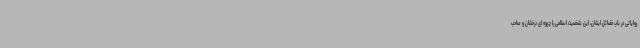
روایاتی در باب فضائل ایشان، این شخصیت اسلامی را چهره ای درخشان و صاحب